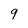
Character: 9